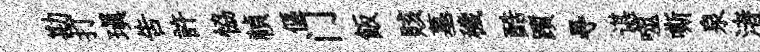
勘打瑱吿許恊禎傴门飯賅墓穢酷躓㝵谌噬嘶泉渚